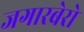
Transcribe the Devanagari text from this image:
जगारबेरो